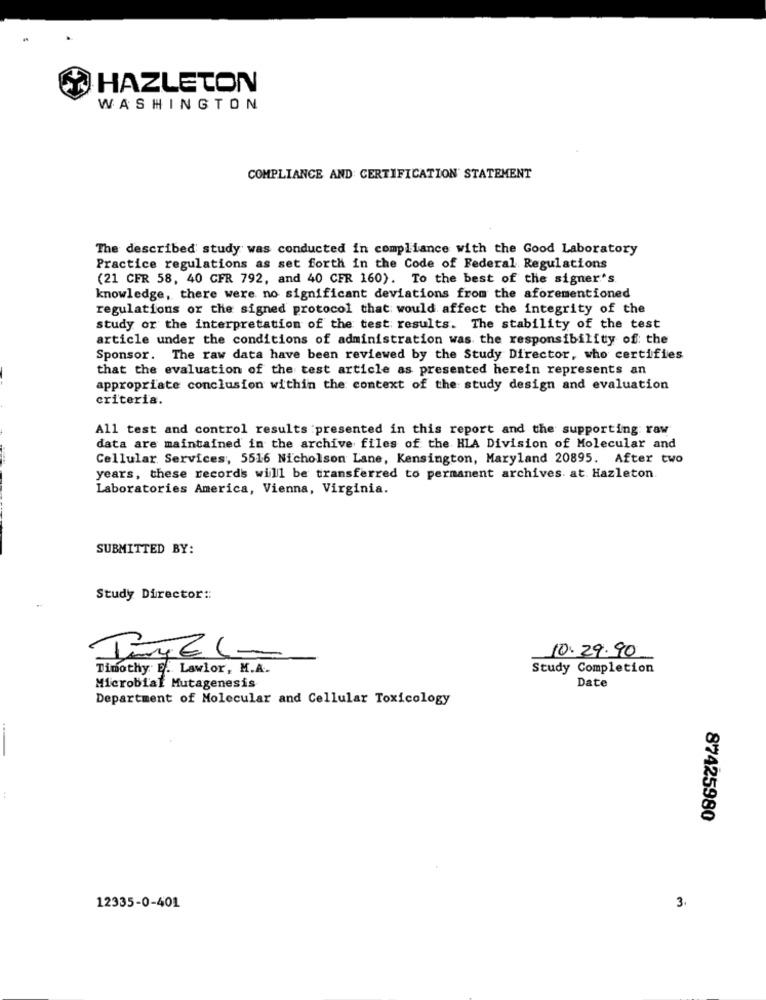
HAZLETON
WASHINGTON
COMPLIANCE AND CERTIFICATION STATEMENT
The described study was conducted in compliance with the Good Laboratory
Practice regulations as set forth in the Code of Federal Regulations
(21 CFR 58, 40 CFR 792, and 40 CFR 160). To the best of the signer's.
knowledge, there were no significant deviations from the aforementioned
regulations or the signed protocol that would affect the integrity of the
study or the interpretation of the test results. The stability of the test
article under the conditions of administration was the responsibility of: the
Sponsor. The raw data have been reviewed by the Study Director, who certifies
that the evaluation of the test article as presented herein represents an
appropriate conclusion within the context of the study design and evaluation
criteria.
All test and control results :presented in this report and the supporting raw
data are maintained in the archive files of the HLA Division of Molecular and
Cellular Services, 5516 Nicholson Lane, Kensington, Maryland 20895. After two
years, these records will be transferred to permanent archives at. Hazleton.
Laboratories America, Vienna, Virginia.
SUBMITTED BY:
Study Director ::
10.29.90
Timothy E. Lawlor, M.A.
Study Completion
Microbial Mutagenesis
Date
Department of Molecular and Cellular Toxicology
:
87425980
12335-0-401
3